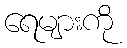
ရေများကို